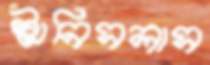
স্টানিসলাস